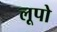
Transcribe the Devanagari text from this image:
लूपो